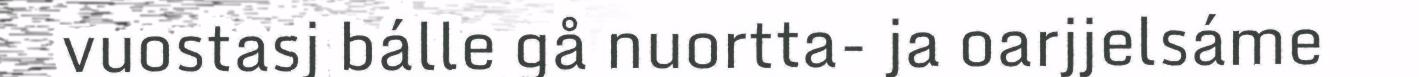
vuostasj bálle gå nuortta- ja oarjjelsáme